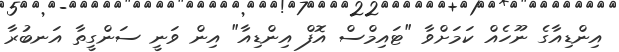
އިންޑިއާގެ ނޫހެއް ކަމަށްވާ "ޓައިމްސް އޮފް އިންޑިއާ" އިން ވަނީ ސަންގީތާ އަނބުރާ